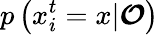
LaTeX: p\left(x_{i}^{t}=x|\boldsymbol{\mathcal{O}}\right)